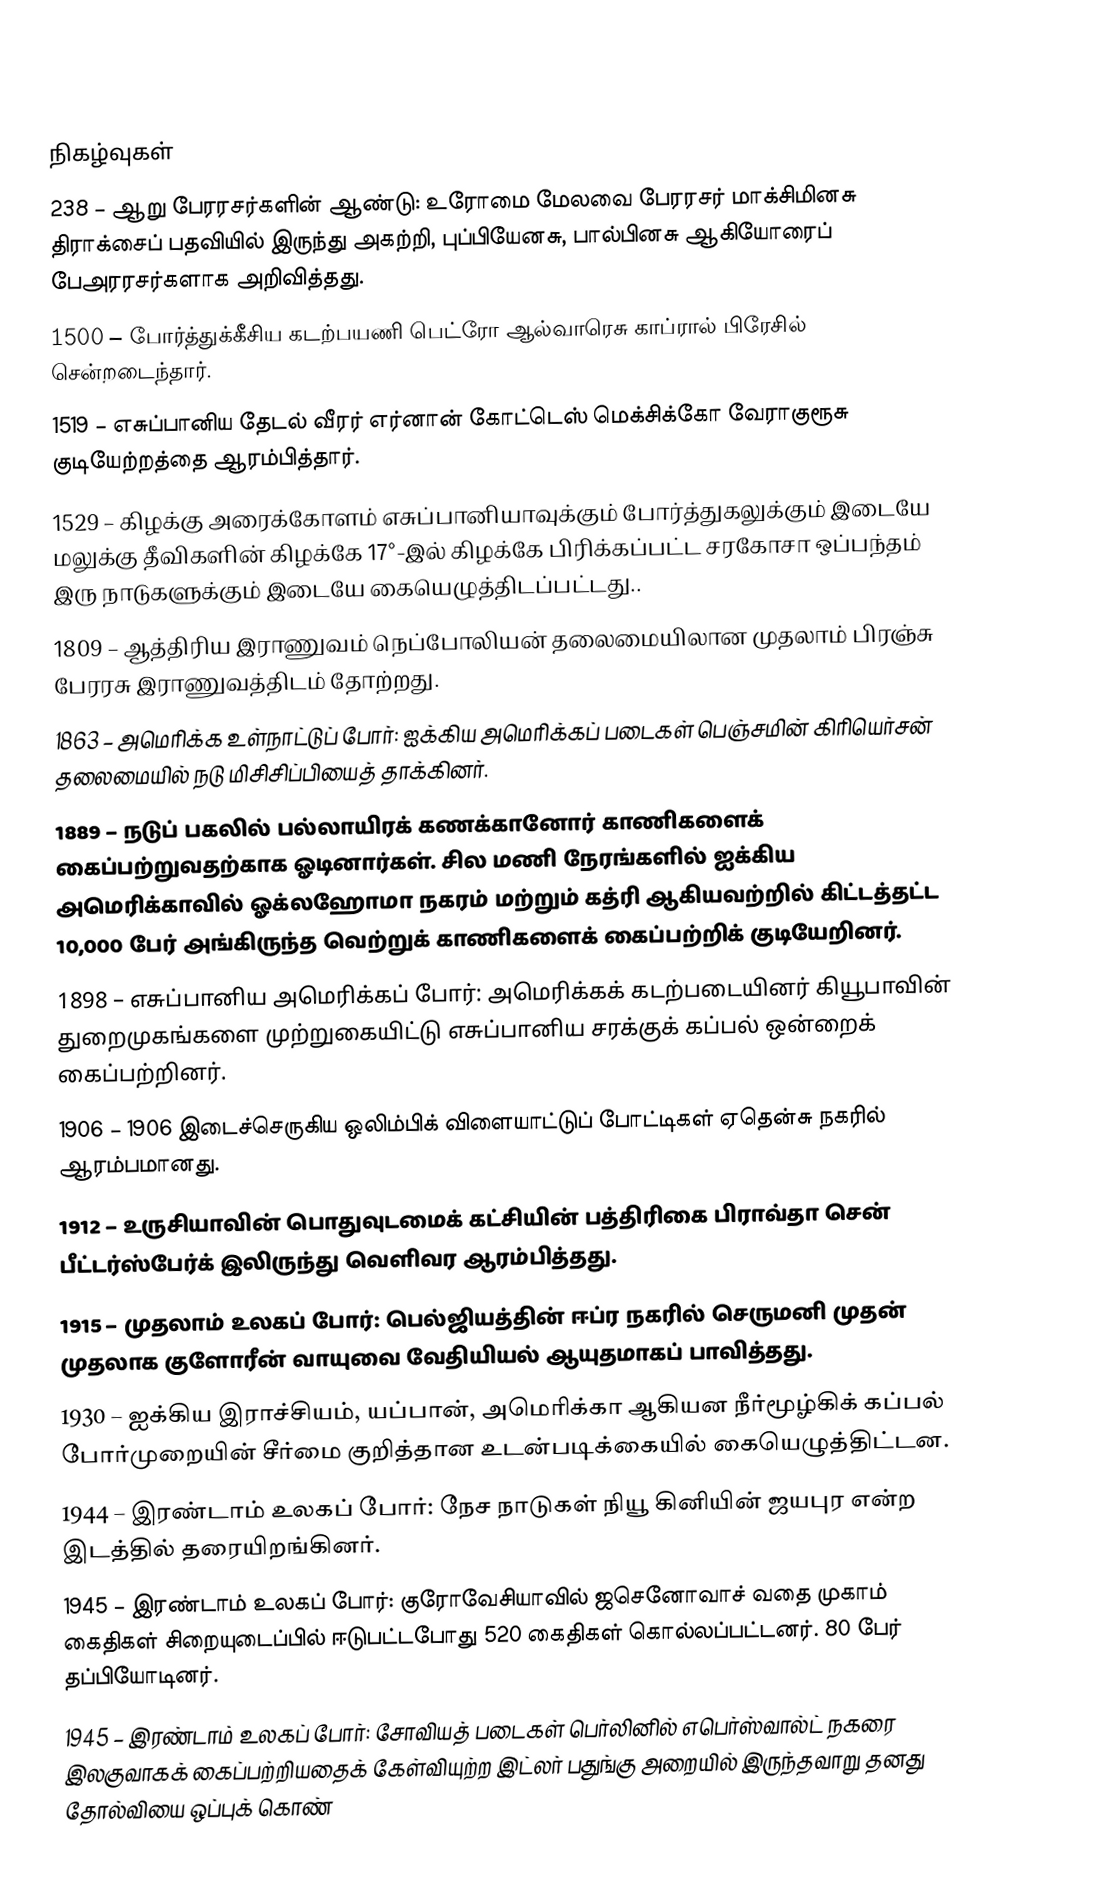

நிகழ்வுகள்
 238 – ஆறு பேரரசர்களின் ஆண்டு: உரோமை மேலவை பேரரசர் மாக்சிமினசு திராக்சைப் பதவியில் இருந்து அகற்றி, புப்பியேனசு, பால்பினசு ஆகியோரைப் பேஅரரசர்களாக அறிவித்தது.
1500 – போர்த்துக்கீசிய கடற்பயணி பெட்ரோ ஆல்வாரெசு காப்ரால் பிரேசில் சென்றடைந்தார்.
1519 – எசுப்பானிய தேடல் வீரர் எர்னான் கோட்டெஸ் மெக்சிக்கோ வேராகுரூசு குடியேற்றத்தை ஆரம்பித்தார்.
1529 – கிழக்கு அரைக்கோளம் எசுப்பானியாவுக்கும் போர்த்துகலுக்கும் இடையே மலுக்கு தீவிகளின் கிழக்கே 17°-இல் கிழக்கே பிரிக்கப்பட்ட சரகோசா ஒப்பந்தம் இரு நாடுகளுக்கும் இடையே கையெழுத்திடப்பட்டது..
1809 – ஆத்திரிய இராணுவம் நெப்போலியன் தலைமையிலான முதலாம் பிரஞ்சு பேரரசு இராணுவத்திடம் தோற்றது.
1863 – அமெரிக்க உள்நாட்டுப் போர்: ஐக்கிய அமெரிக்கப் படைகள் பெஞ்சமின் கிரியெர்சன் தலைமையில் நடு மிசிசிப்பியைத் தாக்கினர்.
1889 – நடுப் பகலில் பல்லாயிரக் கணக்கானோர் காணிகளைக் கைப்பற்றுவதற்காக ஓடினார்கள். சில மணி நேரங்களில் ஐக்கிய அமெரிக்காவில் ஓக்லஹோமா நகரம் மற்றும் கத்ரி ஆகியவற்றில் கிட்டத்தட்ட 10,000 பேர் அங்கிருந்த வெற்றுக் காணிகளைக் கைப்பற்றிக் குடியேறினர்.
1898 – எசுப்பானிய அமெரிக்கப் போர்: அமெரிக்கக் கடற்படையினர் கியூபாவின் துறைமுகங்களை முற்றுகையிட்டு எசுப்பானிய சரக்குக் கப்பல் ஒன்றைக் கைப்பற்றினர்.
1906 – 1906 இடைச்செருகிய ஒலிம்பிக் விளையாட்டுப் போட்டிகள் ஏதென்சு நகரில் ஆரம்பமானது.
1912 – உருசியாவின் பொதுவுடமைக் கட்சியின் பத்திரிகை பிராவ்தா சென் பீட்டர்ஸ்பேர்க் இலிருந்து வெளிவர ஆரம்பித்தது.
1915 – முதலாம் உலகப் போர்: பெல்ஜியத்தின் ஈப்ர நகரில் செருமனி முதன் முதலாக குளோரீன் வாயுவை வேதியியல் ஆயுதமாகப் பாவித்தது.
1930 – ஐக்கிய இராச்சியம், யப்பான், அமெரிக்கா ஆகியன நீர்மூழ்கிக் கப்பல் போர்முறையின் சீர்மை குறித்தான உடன்படிக்கையில் கையெழுத்திட்டன.
1944 – இரண்டாம் உலகப் போர்: நேச நாடுகள் நியூ கினியின் ஜயபுர என்ற இடத்தில் தரையிறங்கினர்.
1945 – இரண்டாம் உலகப் போர்: குரோவேசியாவில் ஜசெனோவாச் வதை முகாம் கைதிகள் சிறையுடைப்பில் ஈடுபட்டபோது 520 கைதிகள் கொல்லப்பட்டனர். 80 பேர் தப்பியோடினர்.
1945 – இரண்டாம் உலகப் போர்: சோவியத் படைகள் பெர்லினில் எபெர்ஸ்வால்ட் நகரை இலகுவாகக் கைப்பற்றியதைக் கேள்வியுற்ற இட்லர் பதுங்கு அறையில் இருந்தவாறு தனது தோல்வியை ஒப்புக் கொண்